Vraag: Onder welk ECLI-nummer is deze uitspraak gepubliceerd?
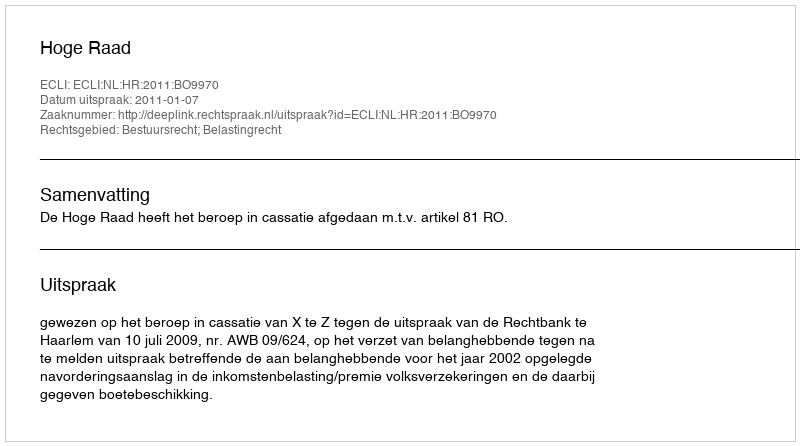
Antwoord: ECLI:NL:HR:2011:BO9970